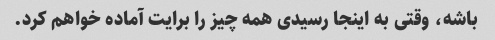
باشه، وقتی به اینجا رسیدی همه چیز را برایت آماده خواهم کرد.